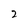
Character: 2